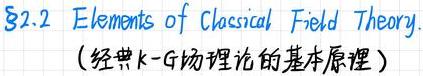
$\S 2.2$ Elements of Classical Field Theory.
（经典k - G场理论的基本原理）